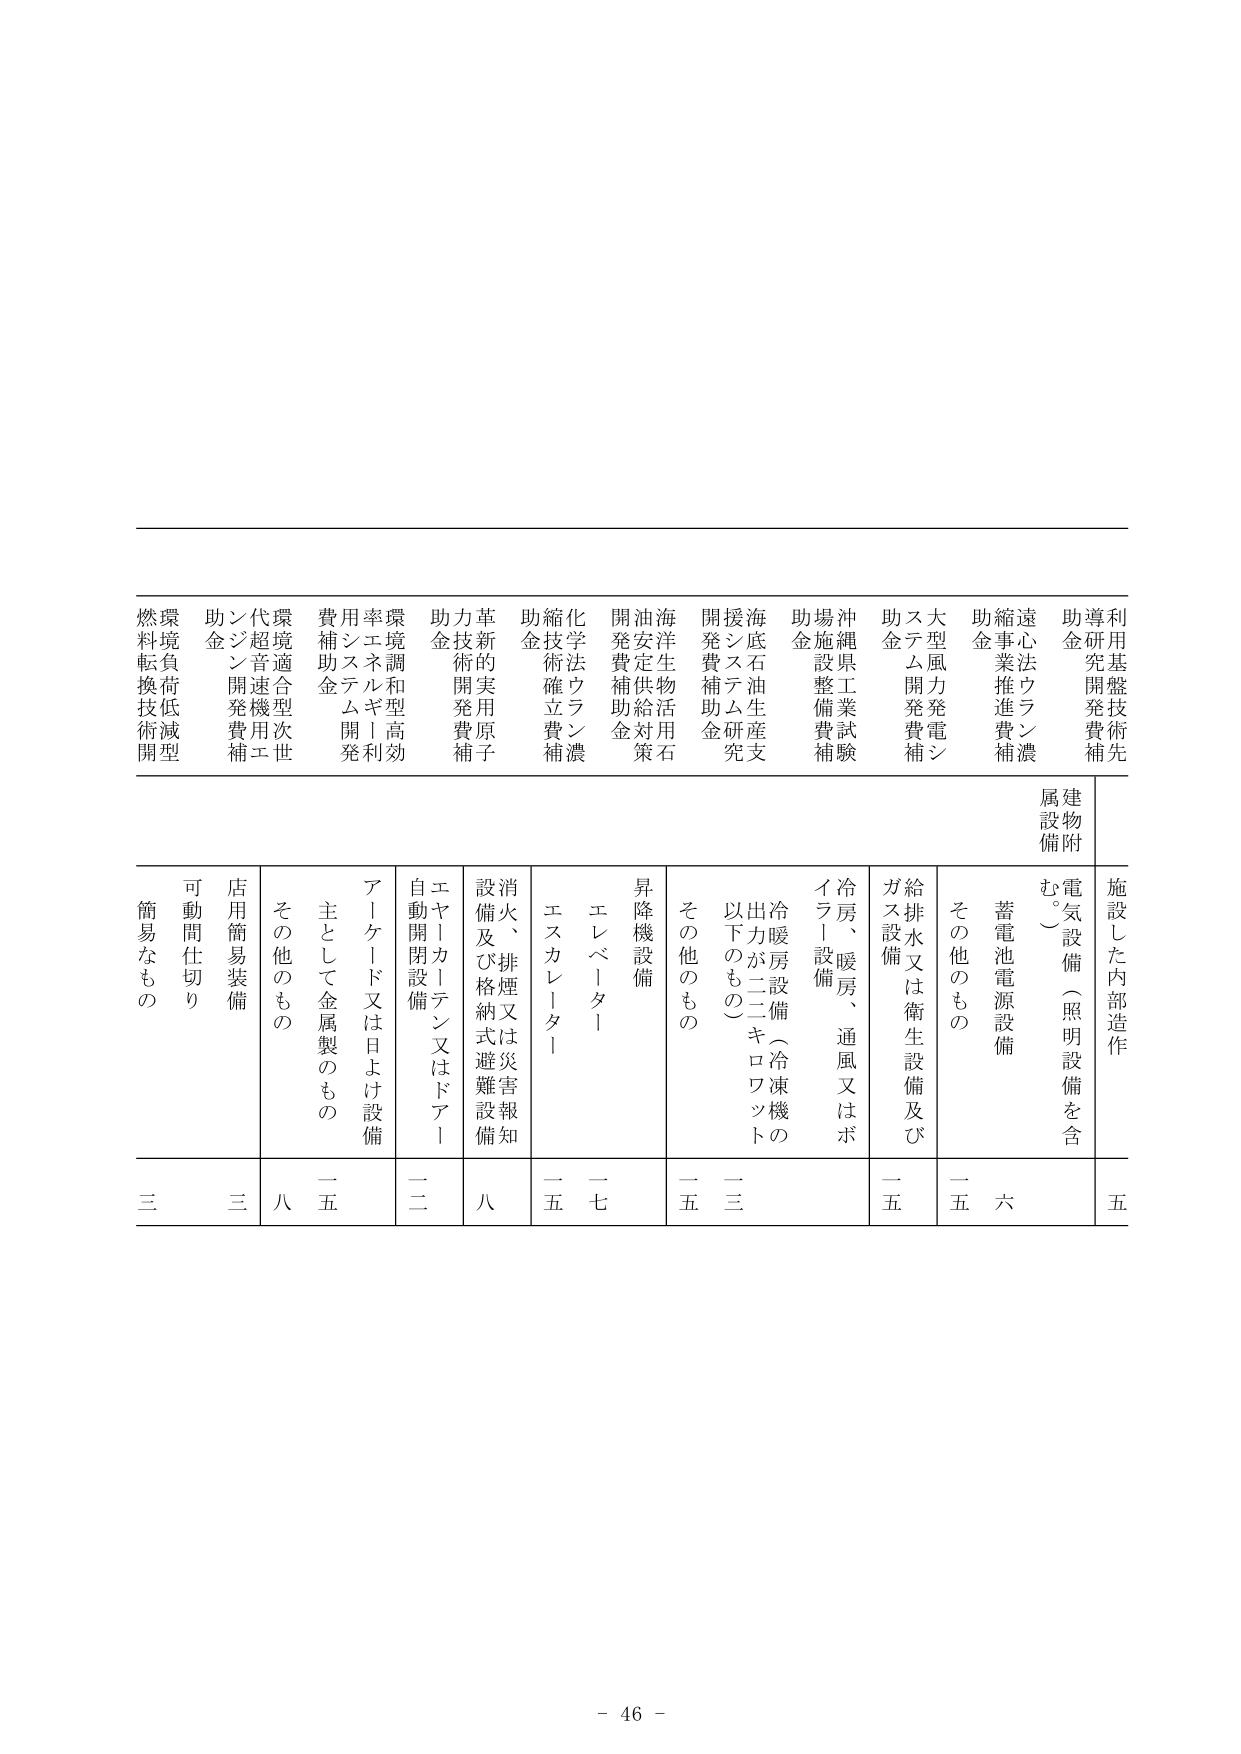
利用基盤技術先導研究開発費補助金
遠心法ウラン濃縮事業推進費補助金
大型風力発電システム開発費補助金
沖縄県工業試験場施設整備費補助金
海底石油生産支援システム研究開発費補助金
海洋生物活用石炭安定供給対策開発費補助金
化学法ウラン濃縮技術確立費補助金
革新的実用原子力技術開発費補助金
環境調和型高効率エネルギー利用費補助金
環境適合型次世代超音速機用エンジン開発費補助金
環境負荷低減型燃料転換技術開発
施設した内部造作
建物附属設備
電気設備（照明設備を含む。）
蓄電池電源設備
その他のも の
給排水又は衛生設備及びガス設備
冷房、暖房、通風又はボイラー設備
冷暖房設備（冷凍機の出力が二キロワット以下のもの）
その他のもの
昇降機設備
エレベーター
エスカレーター
消火、排煙又は災害報知設備及び格納式避難設備
エヤー・カーテン又はドア・自動開閉設備
アーケード又は日よけ設備
主として金属製のもの
その他のもの
店用簡易装備
可動間仕切り
簡易なもの
五
六
五
五
二
三
五
一七
一五
八
二二
一五
八
三
三
- 46 -